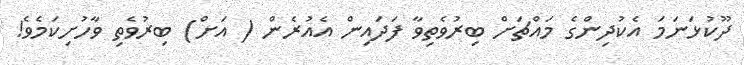
ދޫކުޅަނަމަ އެކުދިންގެ މައްޗަށް ބިރުވެތިވާ ފަދައިން އެއުރެން ( އަށް) ބިރުވެތި ވާހުށިކަމެވެ!